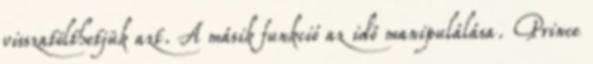
visszatölthetjük azt. A másik funkció az idő manipulálása. Prince